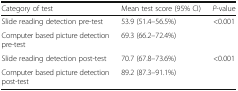
| Category of test | Mean test score (95% CI) | P-value |
 | --- | --- | --- |
 | Slide reading detection pre-test | 53.9 (51.4–56.5%) | <ROWSPAN=2> <0.001 |
 | Computer based picture detection pre-test | 69.3 (66.2–72.4%) |
 | Slide reading detection post-test | 70.7 (67.8–73.6%) | <ROWSPAN=2> <0.001 |
 | Computer based picture detection post-test | 89.2 (87.3–91.1%) |